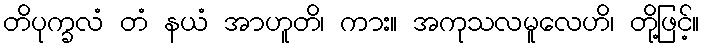
တိပုက္ခလံ တံ နယံ အာဟူတိ၊ ကား။ အကုသလမူလေဟိ၊ တို့ဖြင့်။